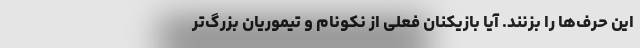
این حرف‌ها را بزنند. آیا بازیکنان فعلی از نکونام و تیموریان بزرگ‌تر